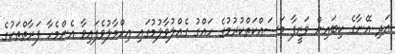
އަދި އޭނާގެ ކިބައިން ވަޒީފާ މަސައްކަތްކުރުމުގެ ހައްގު ގެއްލުވާލުމުގައި އިހްމާލުވެފައިވާ އެންމެހާ ފަރާތްތަކުގެ